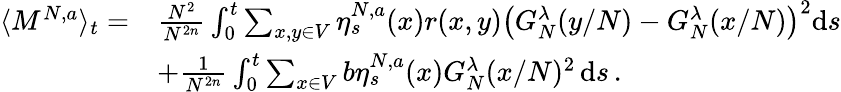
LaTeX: \begin{array}{rl}{\langle M^{N,a}\rangle_{t}=}&{\frac{N^{2}}{N^{2n}}\int_{0}^{t}\sum_{x,y\in V}\eta_{s}^{N,a}(x)r(x,y)\left(G_{N}^{\lambda}(y/N)-G_{N}^{\lambda}(x/N)\right)^{2}\mathrm{d}s}\\ &{+\frac{1}{N^{2n}}\int_{0}^{t}\sum_{x\in V}b\eta_{s}^{N,a}(x)G_{N}^{\lambda}(x/N)^{2}\, \mathrm{d}s\, .}\end{array}